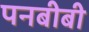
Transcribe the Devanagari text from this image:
पनबीबी